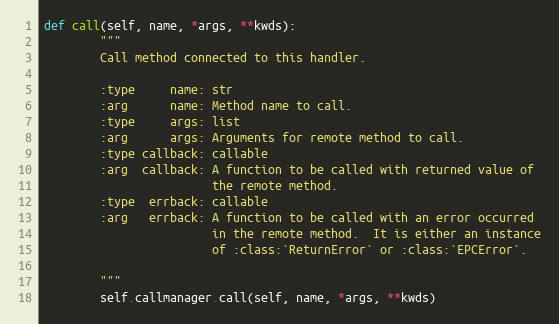
Language: Python
def call(self, name, *args, **kwds):
        """
        Call method connected to this handler.

        :type     name: str
        :arg      name: Method name to call.
        :type     args: list
        :arg      args: Arguments for remote method to call.
        :type callback: callable
        :arg  callback: A function to be called with returned value of
                        the remote method.
        :type  errback: callable
        :arg   errback: A function to be called with an error occurred
                        in the remote method.  It is either an instance
                        of :class:`ReturnError` or :class:`EPCError`.

        """
        self.callmanager.call(self, name, *args, **kwds)